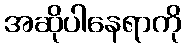
အဆိုပါနေရာကို